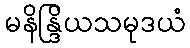
မနိန္ဒြိယသမုဒယံ